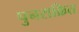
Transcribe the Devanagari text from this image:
पुनराक्रित